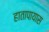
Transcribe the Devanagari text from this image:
हातापायास